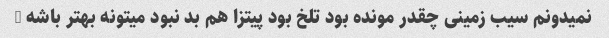
نمیدونم سیب زمینی چقدر مونده بود تلخ بود پیتزا هم بد نبود میتونه بهتر باشه …